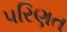
પરિણત